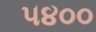
૫૪૦૦